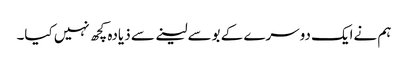
ہم نےایک دوسرے کے بوسےلینے سے ذیادہ کچھ نہیں کیا۔